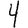
Digit: 4